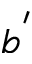
b ^ { ' }